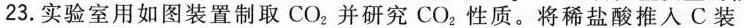
23.实验室用如图装置制取CO_{2}并研究CO_{2}性质。将稀盐酸推入C装